Leaving Certificate Examination, 1916
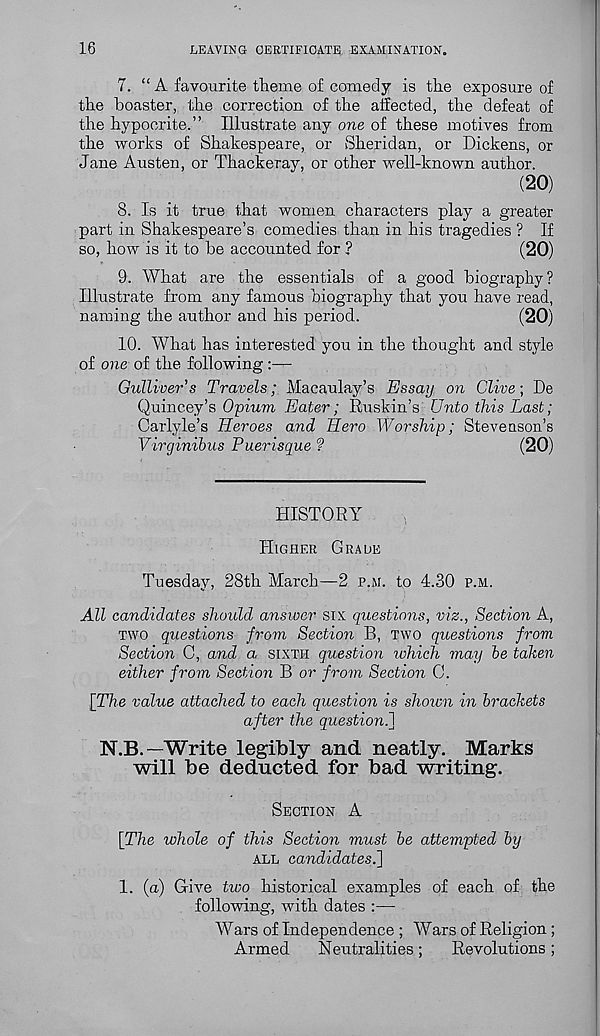
16
LEAVING CERTIFICATE EXAMINATION.
7. “ A favourite theme of comedy is the exposure of
the boaster, the correction of the affected, the defeat of
the hypocrite.” Illustrate any one of these motives from
the works of Shakespeare, or Sheridan, or Dickens, or
Jane Austen, or Thackeray, or other well-known author.
(20)
8. Is it true that women characters play a greater
part in Shakespeare’s comedies than in his tragedies ? If
so, how is it to he accounted for ?
(20)
9. What are the essentials of a good biography?
Illustrate from any famous biography that you have read,
naming the author and his period.
(20)
10. What has interested you in the thought and style
of one of the following :—-
Gulliver's Travels; Macaulay’s Essay on Clive; De
Quincey’s Opium Eater; Ruskin’s Unto this Last;
Carlyle’s Heroes and Hero Worship; Stevenson’s
Virginibus Puerisque ?
(20)
HISTORY
HIGHER GRADE
Tuesday, 28th March—2 P.M. to 4.30 P.M.
All candidates should ansiocr six questions, viz., Section A,
TWO questions from Section B, TWO questions from
Section C, and a SIXTH question which may be taken
either from Section B or from Section C.
[The value attached to each question is shown in brackets
after the question.}
N.B.—Write legibly and neatly. Marks
will be deducted for bad writing.
SECTION A
[The whole of this Section must be attempted by
ALL candidates.']
1. (a) Give two historical examples of each of the
following, with dates :—
Wars of Independence ; Wars of Religion ;
Armed
Neutralities;
Revolutions;